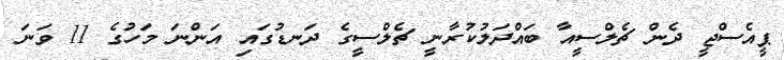
ޕީއެސްޖީ ދެން ޗެލްސީއާ ބައްދަލުކުރާނީ ޗެލްސީގެ ދަނޑުގައި އަންނަ މަހުގެ 11 ވަނަ